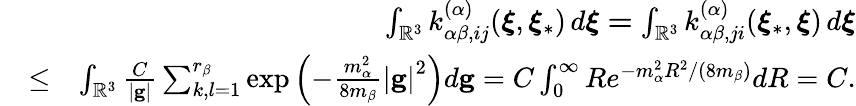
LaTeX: \begin{array}{rlr}&{}&{\int_{\mathbb{R}^{3}}k_{\alpha\beta,ij}^{\left(\alpha\right)}(\boldsymbol{\xi},\boldsymbol{\xi}_{\ast})\, d\boldsymbol{\xi=}\int_{\mathbb{R}^{3}}k_{\alpha\beta,ji}^{\left(\alpha\right)}(\boldsymbol{\xi}_{\ast},\boldsymbol{\xi})\, d\boldsymbol{\xi}}\\ &{\leq}&{\int_{\mathbb{R}^{3}}\frac{C}{\left\vert\mathbf{g}\right\vert}\sum_{k,l=1}^{r_{\beta}}\exp\left(-\frac{m_{\alpha}^{2}}{8m_{\beta}}\left\vert\mathbf{g}\right\vert^{2}\right)d\mathbf{g}=C\int_{0}^{\infty}Re^{-m_{\alpha}^{2}R^{2}/\left(8m_{\beta}\right)}dR=C\mathrm{.}}\end{array}